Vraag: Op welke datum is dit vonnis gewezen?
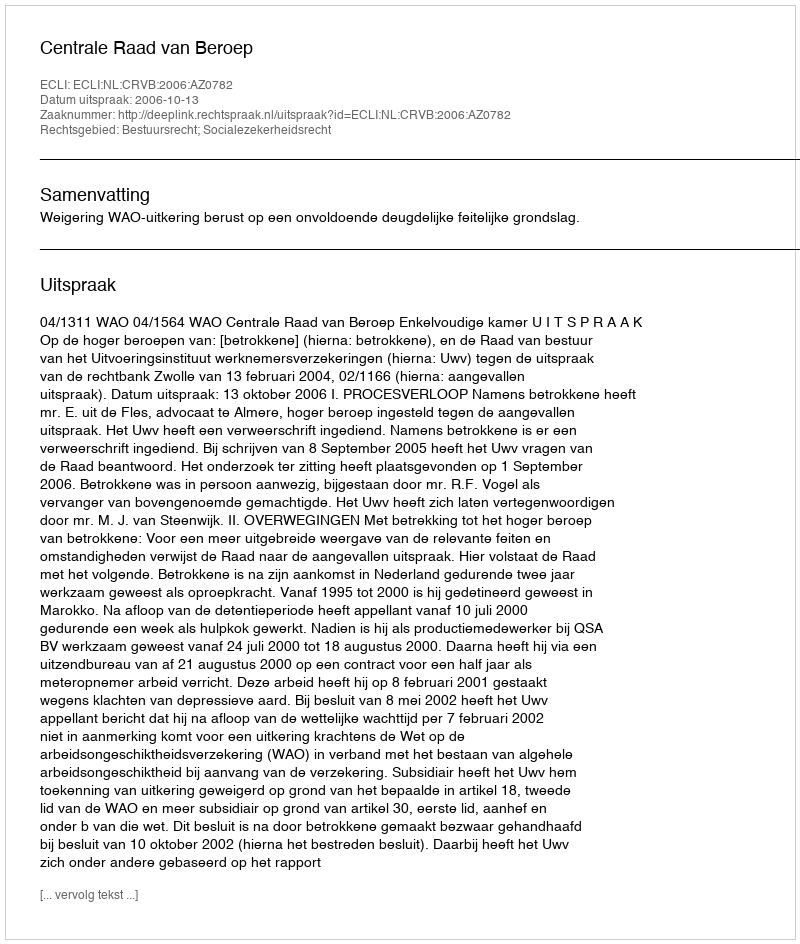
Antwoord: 2006-10-13